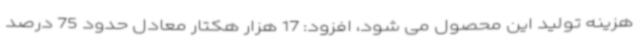
هزینه تولید این محصول می شود، افزود: 17 هزار هکتار معادل حدود 75 درصد